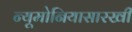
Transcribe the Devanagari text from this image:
न्यूमोनियासारखी